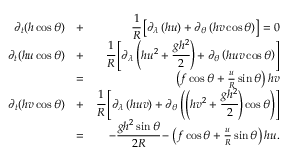
\begin{array} { r l r } { \partial _ { t } ( h \cos \theta ) } & { + } & { \cfrac { 1 } { R } \left[ \partial _ { \lambda } \left( h u \right) + \partial _ { \theta } \left( h v \cos \theta \right) \right] = 0 } \\ { \partial _ { t } ( h u \cos \theta ) } & { + } & { \cfrac { 1 } { R } \left[ \partial _ { \lambda } \left( h u ^ { 2 } + \cfrac { g h ^ { 2 } } { 2 } \right) + \partial _ { \theta } \left( h u v \cos \theta \right) \right] } \\ & { = } & { \left( f \cos \theta + \frac u R \sin \theta \right) h v } \\ { \partial _ { t } ( h v \cos \theta ) } & { + } & { \cfrac { 1 } { R } \left[ \partial _ { \lambda } \left( h u v \right) + \partial _ { \theta } \left( \left( h v ^ { 2 } + \cfrac { g h ^ { 2 } } { 2 } \right) \cos \theta \right) \right] } \\ & { = } & { - \cfrac { g h ^ { 2 } \sin \theta } { 2 R } - \left( f \cos \theta + \frac u R \sin \theta \right) h u . } \end{array}